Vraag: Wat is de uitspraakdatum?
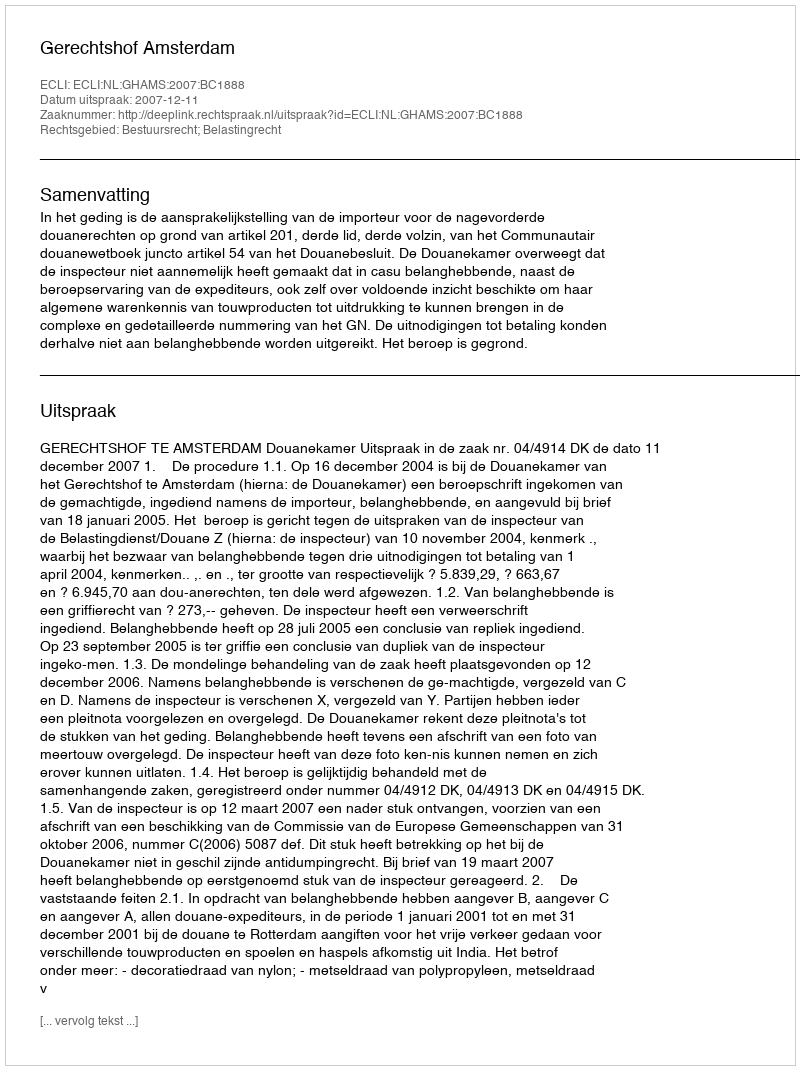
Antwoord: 2007-12-11